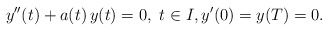
\begin{align*}y^{\prime\prime}(t)+a(t)\,y(t)=0,\ t\in I,y^\prime(0)=y(T)=0.\end{align*}